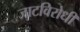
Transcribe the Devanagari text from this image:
जाटविरोधी